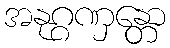
အနုဂ္ဂဏှန္တော